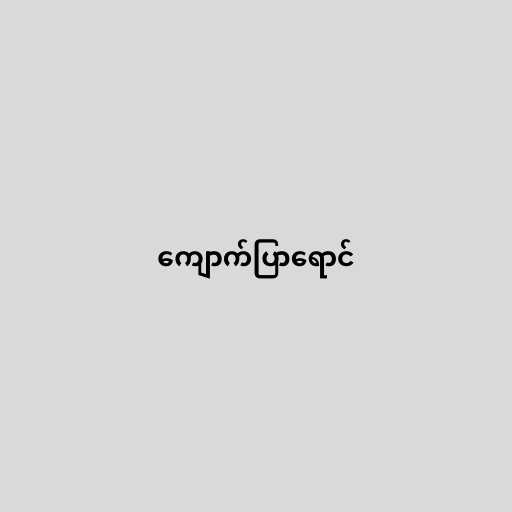
ကျောက်ပြာရောင်